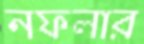
নফলার